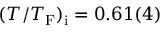
( T / T _ { \mathrm { F } } ) _ { \mathrm { i } } = 0 . 6 1 ( 4 )